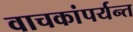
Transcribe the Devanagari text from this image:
वाचकांपर्यन्त